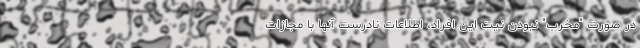
در صورت "مخرب" نبودن نیت این افراد، اطلاعات نادرست آنها با مجازات